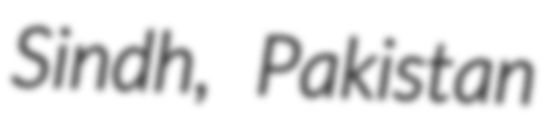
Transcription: Sindh, Pakistan